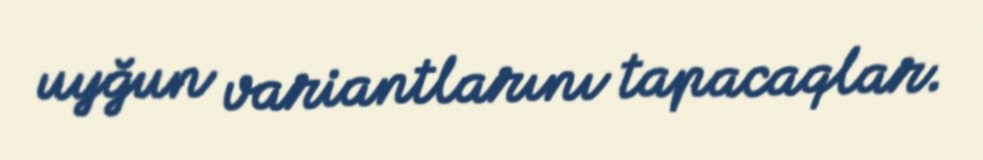
uyğun variantlarını tapacaqlar.